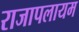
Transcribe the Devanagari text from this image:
राजापलायम